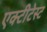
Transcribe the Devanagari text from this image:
एक्टीटेस्ट